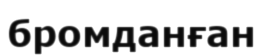
бромданған